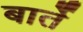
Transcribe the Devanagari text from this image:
बार्ते